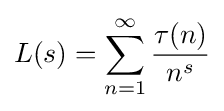
L(s)=\sum _{n=1}^{\infty }{\frac {\tau (n)}{n^{s}}}